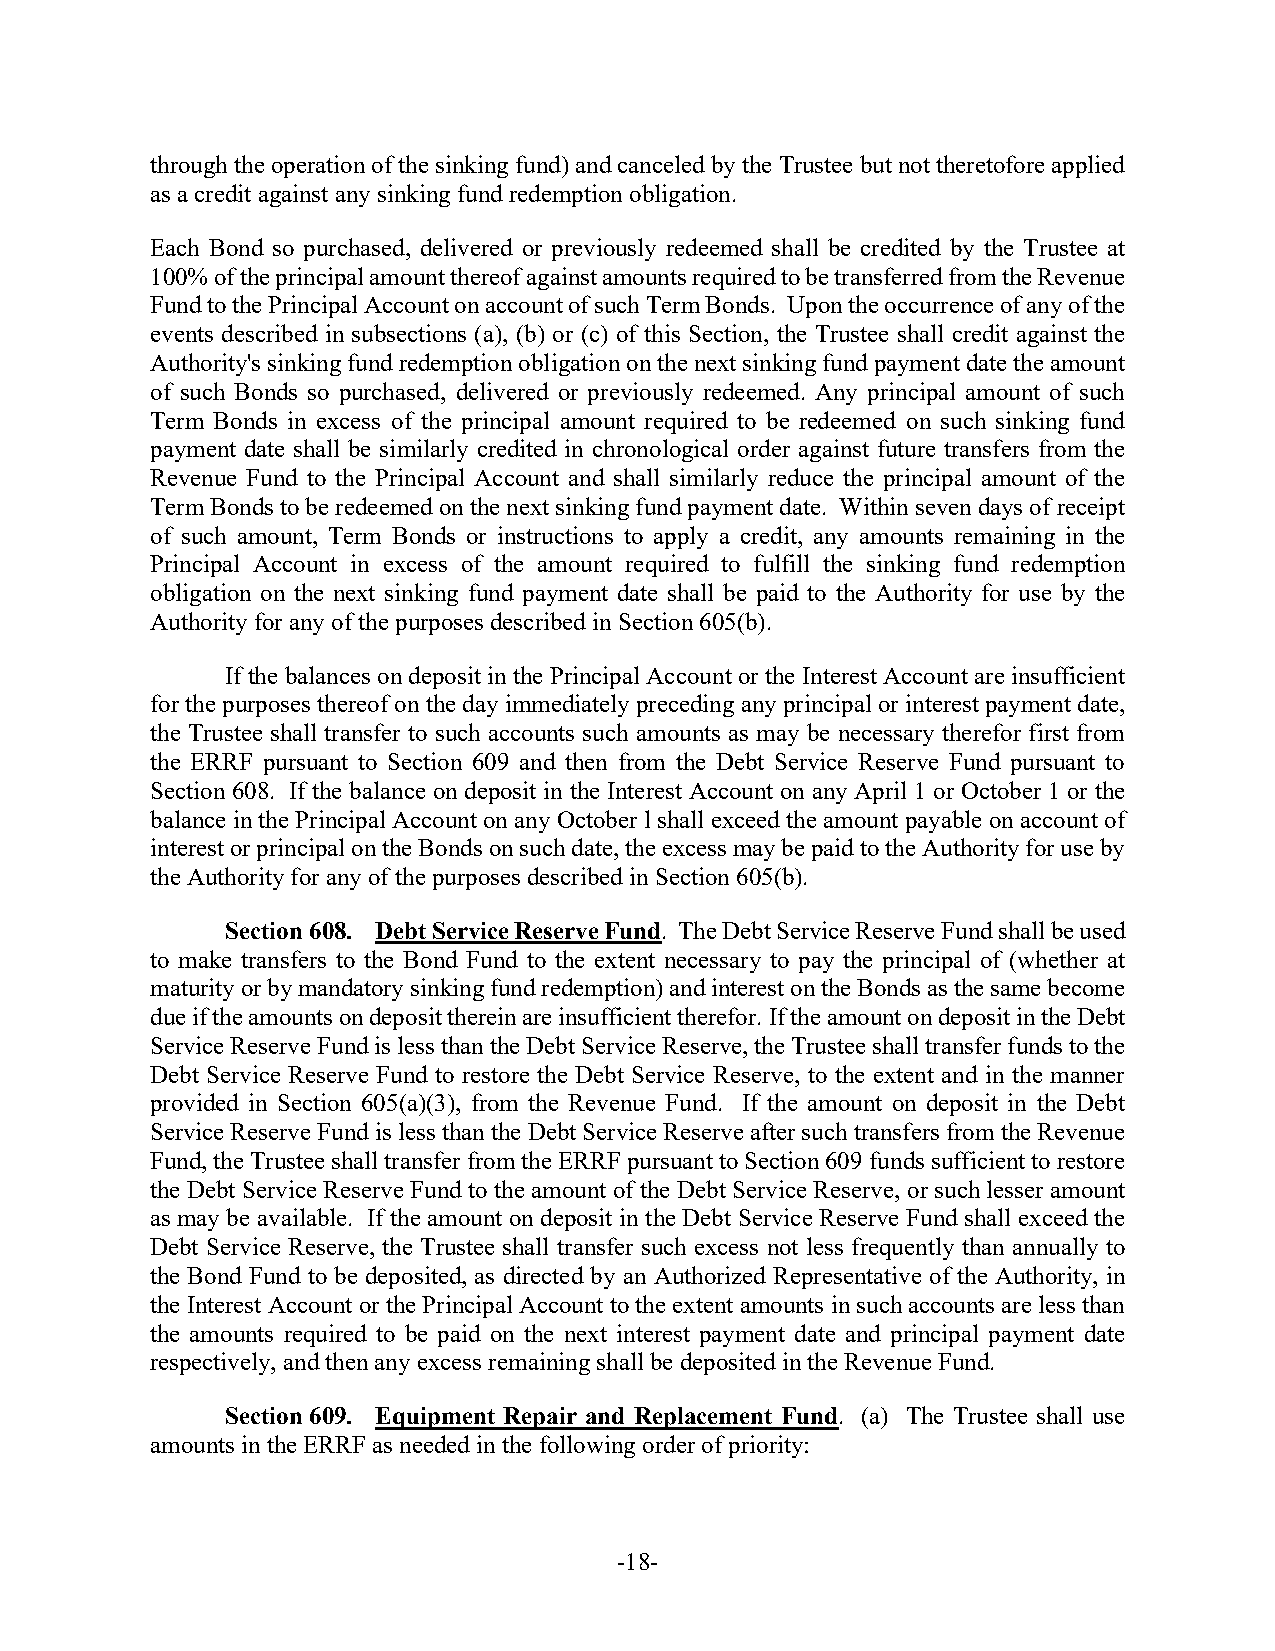
through the operation of the sinking fund) and canceled by the Trustee but not theretofore applied
 as a credit against any sinking fund redemption obligation.
 Each Bond so purchased, delivered or previously redeemed shall be credited by the Trustee at
 100% of the principal amount thereof against amounts required to be transferred from the Revenue
 Fund to the Principal Account on account of such Term Bonds. Upon the occurrence of any of the
 events described in subsections (a), (b) or (c) of this Section, the Trustee shall credit against the
 Authority's sinking fund redemption obligation on the next sinking fund payment date the amount
 of such Bonds so purchased, delivered or previously redeemed. Any principal amount of such
 Term Bonds in excess of the principal amount required to be redeemed on such sinking fund
 payment date shall be similarly credited in chronological order against future transfers from the
 Revenue Fund to the Principal Account and shall similarly reduce the principal amount of the
 Term Bonds to be redeemed on the next sinking fund payment date. Within seven days of receipt
 of such amount, Term Bonds or instructions to apply a credit, any amounts remaining in the
 Principal Account in excess of the amount required to fulfill the sinking fund redemption
 obligation on the next sinking fund payment date shall be paid to the Authority for use by the
 Authority for any of the purposes described in Section 605(b).
 If the balances on deposit in the Principal Account or the Interest Account are insufficient
 for the purposes thereof on the day immediately preceding any principal or interest payment date,
 the Trustee shall transfer to such accounts such amounts as may be necessary therefor first from
 the ERRF pursuant to Section 609 and then from the Debt Service Reserve Fund pursuant to
 Section 608. If the balance on deposit in the Interest Account on any April 1 or October 1 or the
 balance in the Principal Account on any October l shall exceed the amount payable on account of
 interest or principal on the Bonds on such date, the excess may be paid to the Authority for use by
 the Authority for any of the purposes described in Section 605(b).
 Section 608. Debt Service Reserve Fund. The Debt Service Reserve Fund shall be used
 to make transfers to the Bond Fund to the extent necessary to pay the principal of (whether at
 maturity or by mandatory sinking fund redemption) and interest on the Bonds as the same become
 due if the amounts on deposit therein are insufficient therefor. If the amount on deposit in the Debt
 Service Reserve Fund is less than the Debt Service Reserve, the Trustee shall transfer funds to the
 Debt Service Reserve Fund to restore the Debt Service Reserve, to the extent and in the manner
 provided in Section 605(a)(3), from the Revenue Fund. If the amount on deposit in the Debt
 Service Reserve Fund is less than the Debt Service Reserve after such transfers from the Revenue
 Fund, the Trustee shall transfer from the ERRF pursuant to Section 609 funds sufficient to restore
 the Debt Service Reserve Fund to the amount of the Debt Service Reserve, or such lesser amount
 as may be available. If the amount on deposit in the Debt Service Reserve Fund shall exceed the
 Debt Service Reserve, the Trustee shall transfer such excess not less frequently than annually to
 the Bond Fund to be deposited, as directed by an Authorized Representative of the Authority, in
 the Interest Account or the Principal Account to the extent amounts in such accounts are less than
 the amounts required to be paid on the next interest payment date and principal payment date
 respectively, and then any excess remaining shall be deposited in the Revenue Fund.
 Section 609. Equipment Repair and Replacement Fund. (a) The Trustee shall use
 amounts in the ERRF as needed in the following order of priority:
 -18-